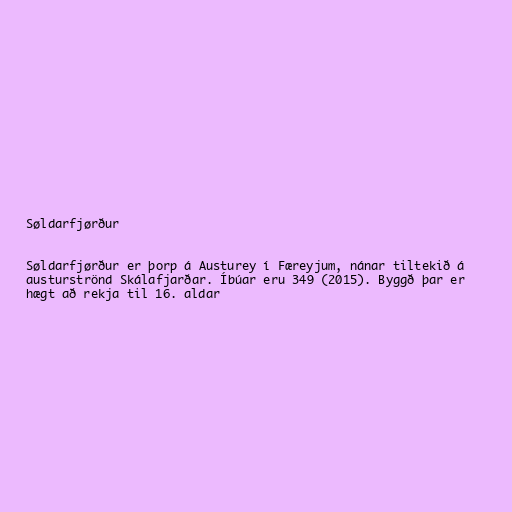
Søldarfjørður

Søldarfjørður er þorp á Austurey í Færeyjum, nánar tiltekið á
austurströnd Skálafjarðar. Íbúar eru 349 (2015). Byggð þar er
hægt að rekja til 16. aldar